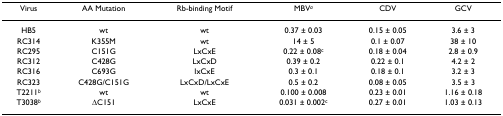
<table><thead><tr><td><b>Virus</b></td><td><b>AA Mutation</b></td><td><b>Rb-binding Motif</b></td><td><b>MBV<sup><i>a</i></sup></b></td><td><b>CDV</b></td><td><b>GCV</b></td></tr></thead><tbody><tr><td>HB5</td><td>wt</td><td>wt</td><td>0.37 ± 0.03</td><td>0.15 ± 0.05</td><td>3.6 ± 3</td></tr><tr><td>RC314</td><td>K355M</td><td>wt</td><td>14 ± 5</td><td>0.1 ± 0.07</td><td>38 ± 10</td></tr><tr><td>RC295</td><td>C151G</td><td>LxCxE</td><td>0.22 ± 0.08<sup>c</sup></td><td>0.18 ± 0.04</td><td>2.8 ± 0.9</td></tr><tr><td>RC312</td><td>C428G</td><td>LxCxD</td><td>0.39 ± 0.2</td><td>0.22 ± 0.1</td><td>4.2 ± 2</td></tr><tr><td>RC316</td><td>C693G</td><td>IxCxE</td><td>0.3 ± 0.1</td><td>0.18 ± 0.1</td><td>3.2 ± 3</td></tr><tr><td>RC323</td><td>C428G/C151G</td><td>LxCxD/LxCxE</td><td>0.5 ± 0.2</td><td>0.08 ± 0.05</td><td>3.5 ± 3</td></tr><tr><td>T2211<sup><i>b</i></sup></td><td>wt</td><td>wt</td><td>0.100 ± 0.008</td><td>0.23 ± 0.01</td><td>1.16 ± 0.18</td></tr><tr><td>T3038<sup><i>b</i></sup></td><td>ΔC151</td><td>LxCxE</td><td>0.031 ± 0.002<sup>c</sup></td><td>0.27 ± 0.01</td><td>1.03 ± 0.13</td></tr></tbody></table>